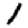
Digit: 1